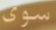
سوى